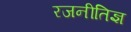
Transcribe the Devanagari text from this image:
रजनीतिज्ञ